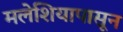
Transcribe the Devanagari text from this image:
मलेशियापासून